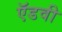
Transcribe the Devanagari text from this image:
ऍडवी